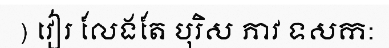
) វៀរ លែងតែ បុរិស ភាវ ទសក: